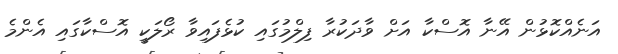
އަނެއްކޮޅުން އޭނާ އޮސްކާ އަށް ވާދަކުރާ ފިލްމުގައި ކުޅެފައިވާ ރޯލަކީ އޮސްކާގައި އެންމެ